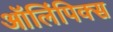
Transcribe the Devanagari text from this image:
ऑलिंपिक्स